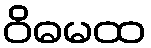
ဝိဓမထ